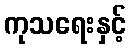
ကုသရေးနှင့်